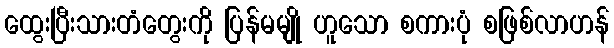
ထွေးပြီးသားတံတွေးကို ပြန်မမျို ဟူသော စကားပုံ စဖြစ်လာဟန်